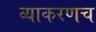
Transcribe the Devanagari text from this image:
व्याकरणच